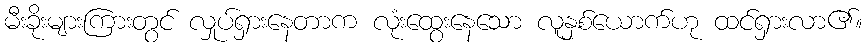
မီးခိုးများကြားတွင် လှုပ်ရှားနေတာက လုံးထွေးနေသော လူနှစ်ယောက်ဟု ထင်ရှားလာ၏။